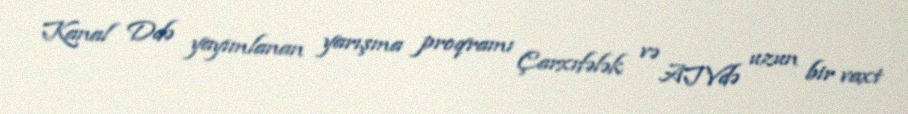
Kanal Ddə yayımlanan yarışma proqramı Çarxıfələk və ATVdə uzun bir vaxt